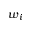
w _ { i }